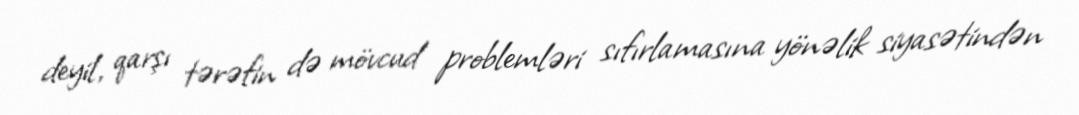
deyil, qarşı tərəfin də mövcud problemləri sıfırlamasına yönəlik siyasətindən